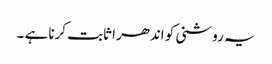
یہ روشنی کو اندھرا ثابت کرنا ہے ۔